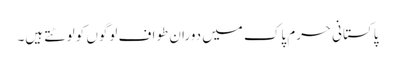
پاکستانی حرم پاک میں دوران طواف لوگوں کو لوٹتے ہیں۔